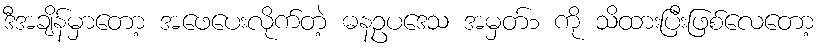
ဒီအချိန်မှာတော့ အဖေပေးလိုက်တဲ့ ဓနဥပဒေသ အမှတ်၁ ကို သိထားပြီးဖြစ်လေတော့